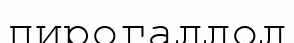
пирогаллол